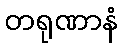
တရုဏာနံ